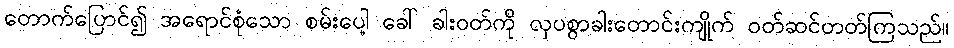
တောက်ပြောင်၍ အရောင်စုံသော စမ်းပေါ့ ခေါ် ခါးဝတ်ကို လှပစွာခါးတောင်းကျိုက် ဝတ်ဆင်တတ်ကြသည်။